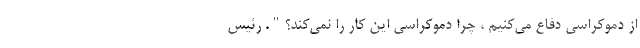
از دموکراسی دفاع می‌کنیم ، چرا دموکراسی این کار را نمی‌کند؟". رئیس